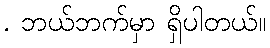
. ဘယ်ဘက်မှာ ရှိပါတယ်။